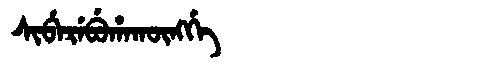
Manchu: ᠰᡳᠪᡝᡵᡝᠪᡠᡥᠠᡴᡡᠩᡤᡝ
Romanization: SIBEREBUHAKŪNGGE